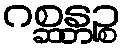
ဂစ္ဆန္တဉ္စ